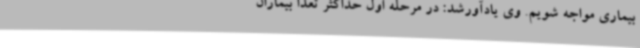
بیماری مواجه شویم. وی یادآورشد: در مرحله اول حداکثر تعدا بیماران